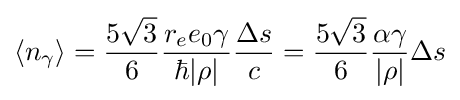
\langle n_{\gamma }\rangle ={\frac {5{\sqrt {3}}}{6}}{\frac {r_{e}e_{0}\gamma }{\hbar |\rho |}}{\frac {\Delta s}{c}}={\frac {5{\sqrt {3}}}{6}}{\frac {\alpha \gamma }{|\rho |}}\Delta s